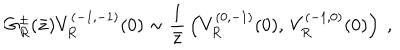
G _ { R } ^ { \pm } ( \bar { z } ) V _ { R } ^ { ( - 1 , - 1 ) } ( 0 ) \sim { \frac { 1 } { \bar { z } } } \left( V _ { R } ^ { ( 0 , - 1 ) } ( 0 ) , \, V _ { R } ^ { ( - 1 , 0 ) } ( 0 ) \right) \ ,